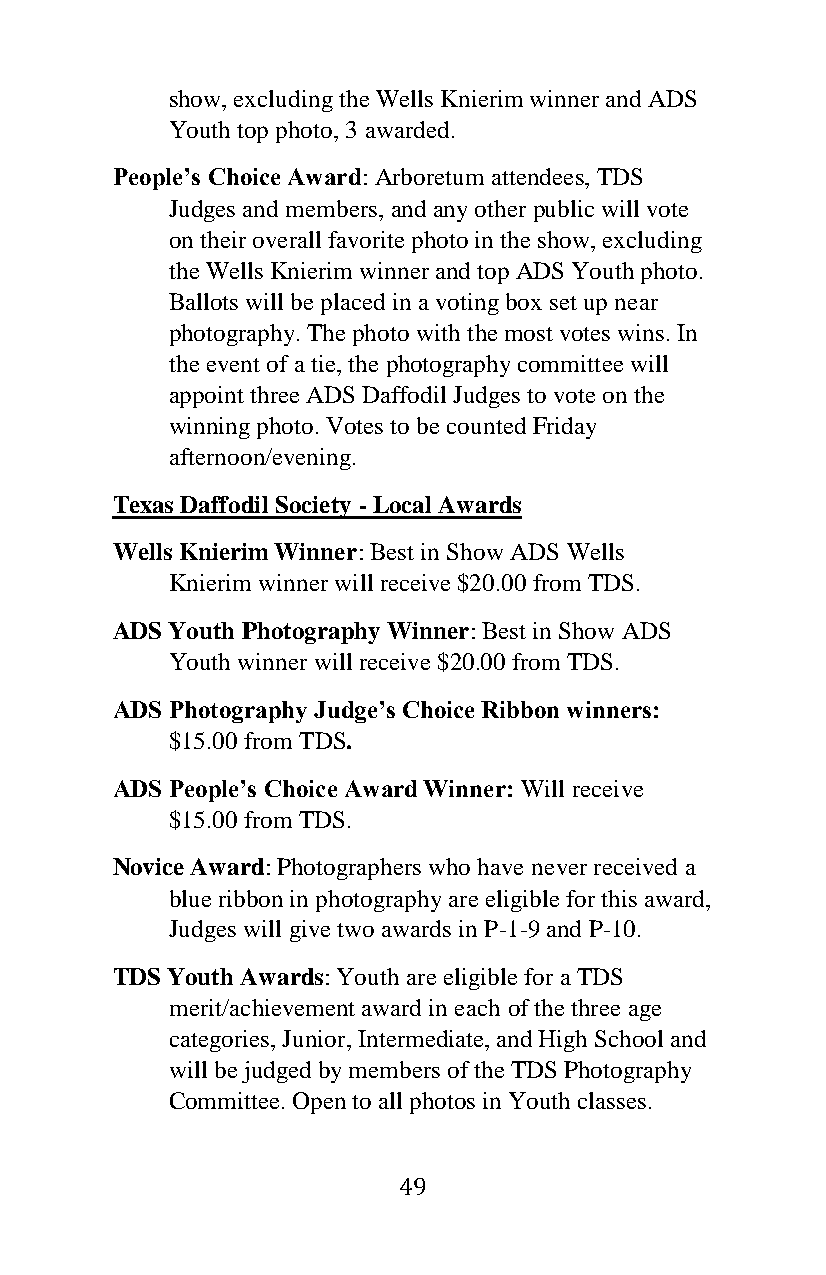
show, excluding the Wells Knierim winner and ADS
 Youth top photo, 3 awarded.
 People’s Choice Award: Arboretum attendees, TDS
 Judges and members, and any other public will vote
 on their overall favorite photo in the show, excluding
 the Wells Knierim winner and top ADS Youth photo.
 Ballots will be placed in a voting box set up near
 photography. The photo with the most votes wins. In
 the event of a tie, the photography committee will
 appoint three ADS Daffodil Judges to vote on the
 winning photo. Votes to be counted Friday
 afternoon/evening.
 Texas Daffodil Society - Local Awards
 Wells Knierim Winner: Best in Show ADS Wells
 Knierim winner will receive $20.00 from TDS.
 ADS Youth Photography Winner: Best in Show ADS
 Youth winner will receive $20.00 from TDS.
 ADS Photography Judge’s Choice Ribbon winners:
 $15.00 from TDS.
 ADS People’s Choice Award Winner: Will receive
 $15.00 from TDS.
 Novice Award: Photographers who have never received a
 blue ribbon in photography are eligible for this award,
 Judges will give two awards in P-1-9 and P-10.
 TDS Youth Awards: Youth are eligible for a TDS
 merit/achievement award in each of the three age
 categories, Junior, Intermediate, and High School and
 will be judged by members of the TDS Photography
 Committee. Open to all photos in Youth classes.
 49